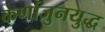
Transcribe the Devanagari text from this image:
कर्णाजुनयुद्ध